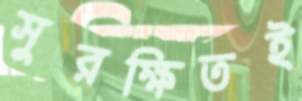
সুরক্ষিতই